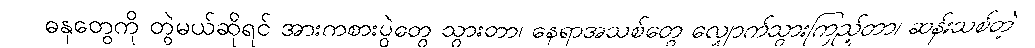
ဓနုတွေကို တွဲမယ်ဆိုရင် အားကစားပွဲတွေ သွားတာ၊ နေရာအသစ်တွေ လျှောက်သွားကြည့်တာ၊ ဆန်းသစ်တဲ့